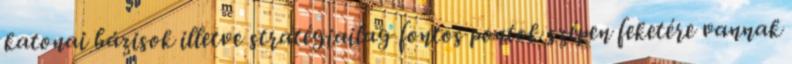
katonai bázisok illetve stratégiailag fontos pontok szépen feketére vannak